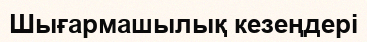
Шығармашылық кезеңдері